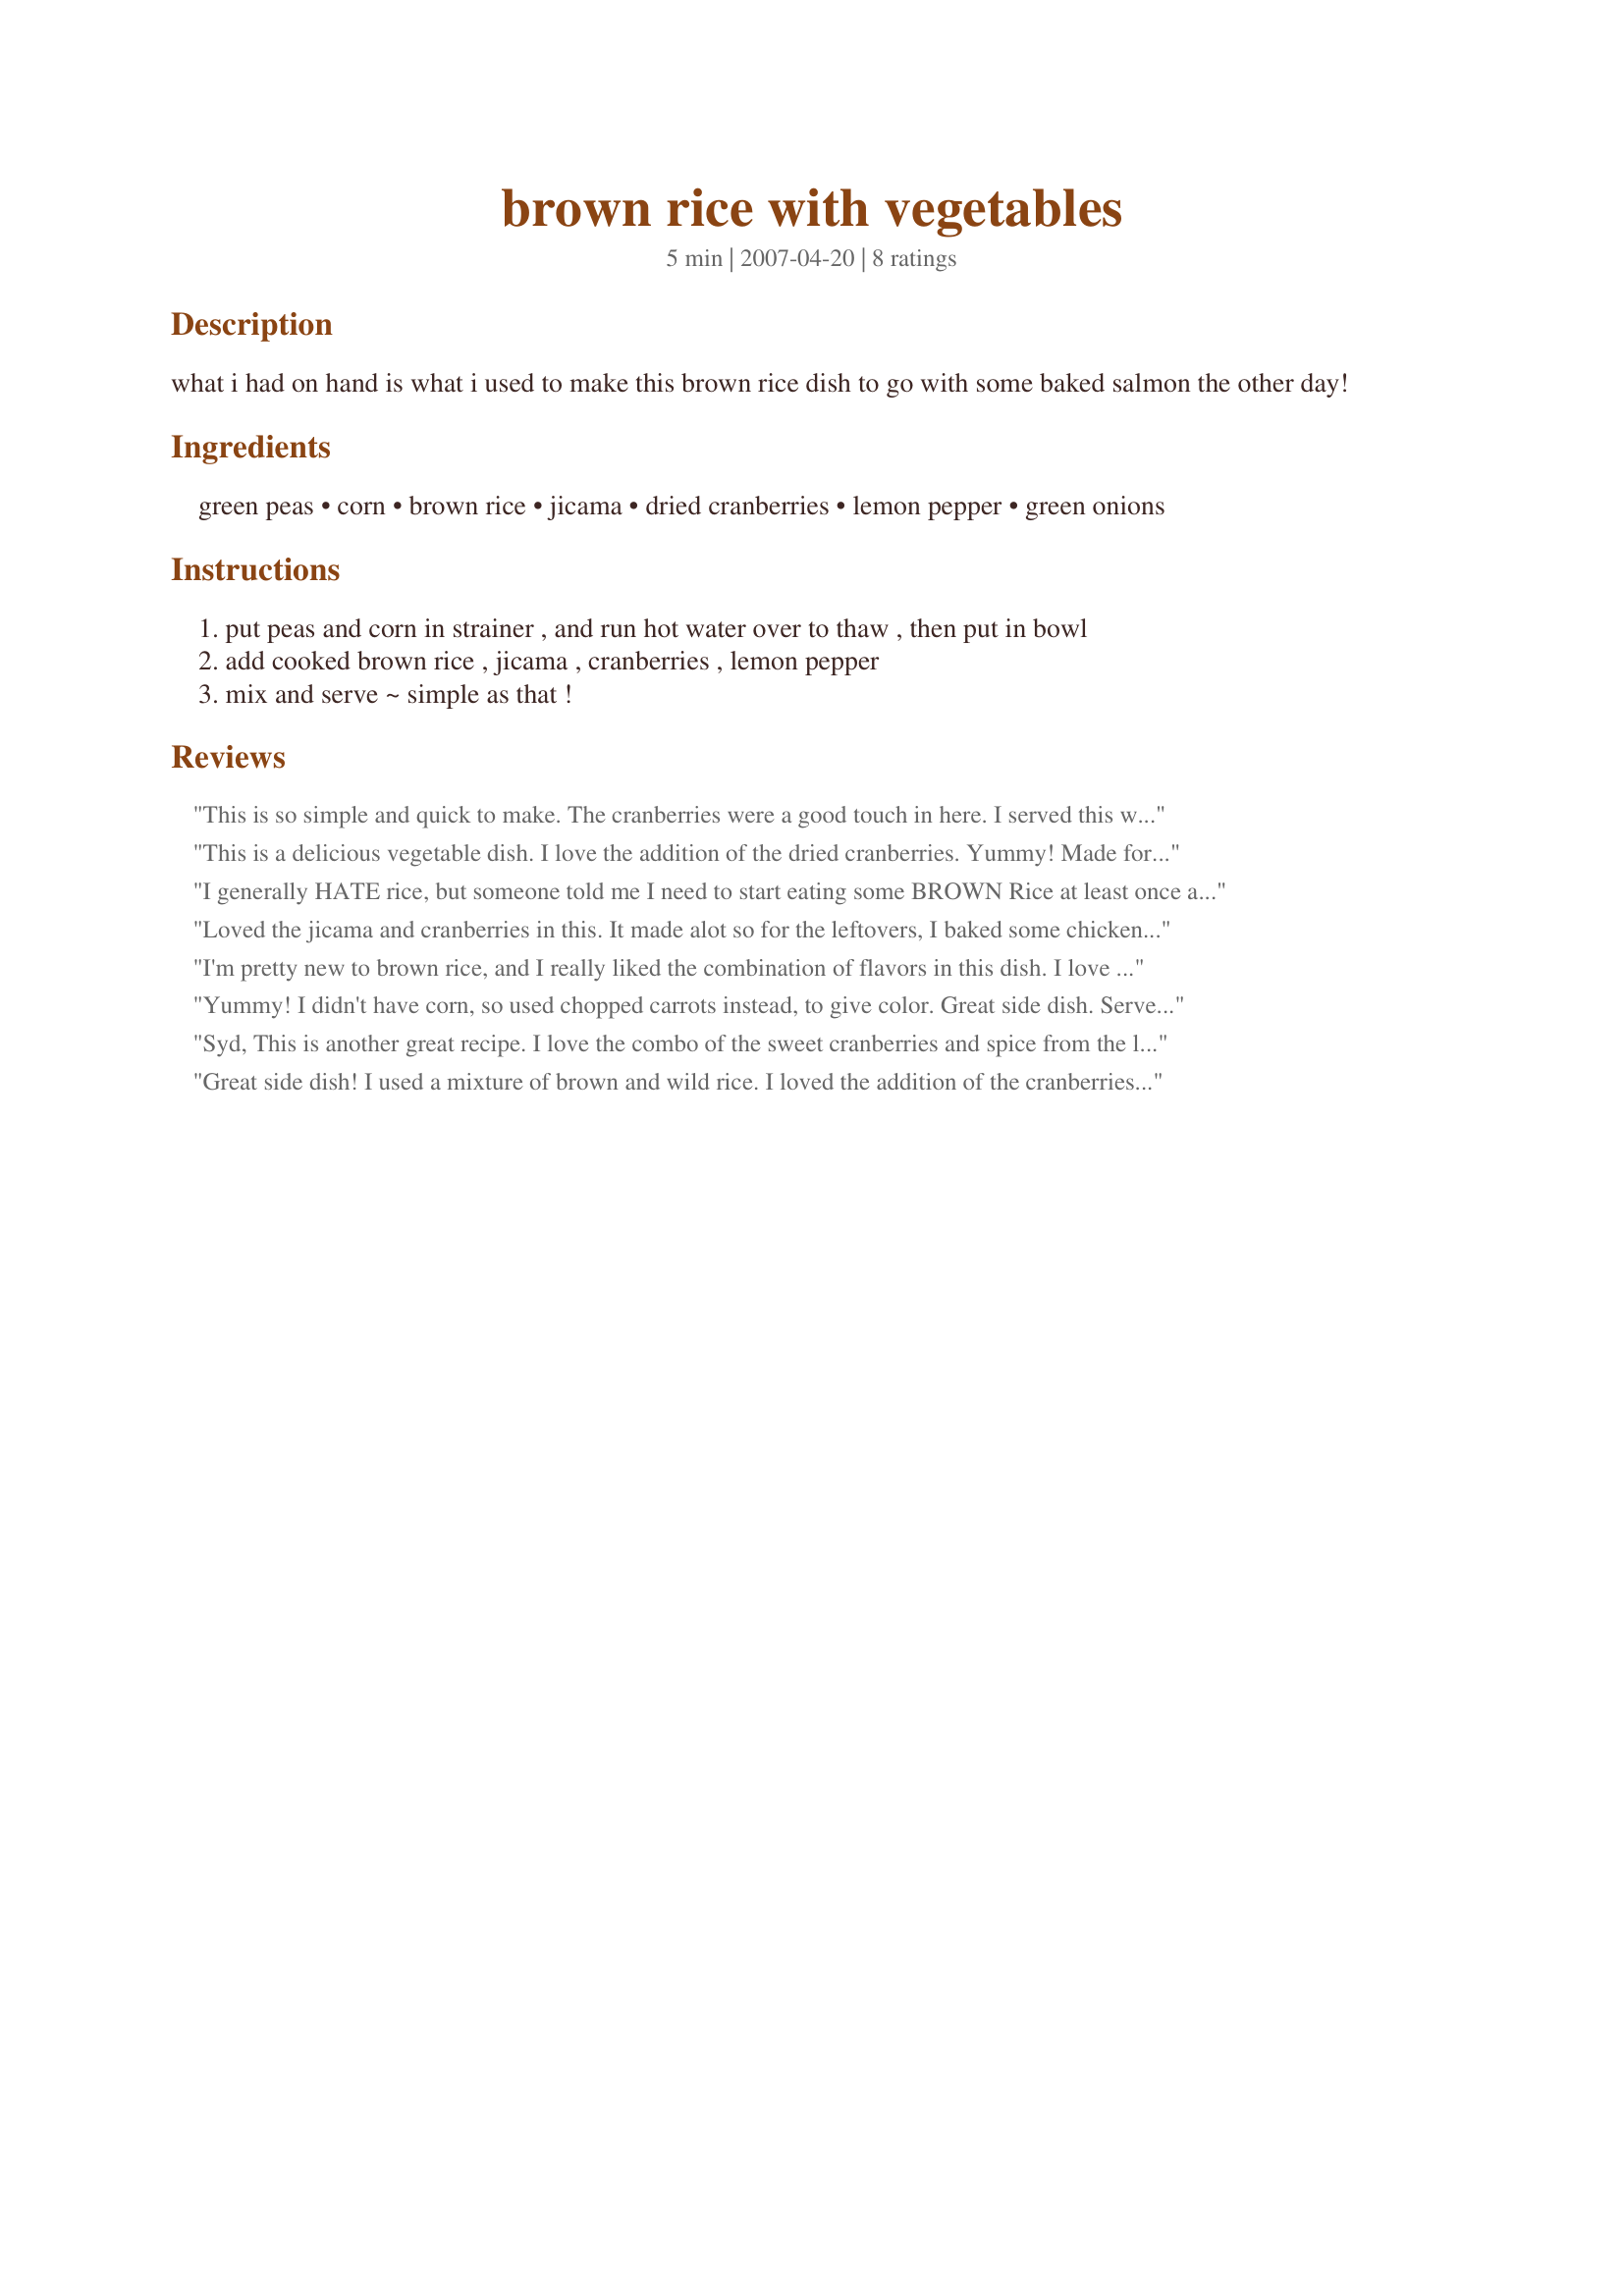
brown rice with vegetables
Preparation time: 5 minutes

what i had on hand is what i used to make this brown rice dish to go with some baked salmon the other day!

Ingredients:
green peas, corn, brown rice, jicama, dried cranberries, lemon pepper, green onions

Steps:
put peas and corn in strainer , and run hot water over to thaw , then put in bowl
add cooked brown rice , jicama , cranberries , lemon pepper
mix and serve ~ simple as that !

Reviews:
This is so simple and quick to make. The cranberries were a good touch in here. I served this with kebab for dinner. Didn't have to grill corn as this has corn in it already! Cool, huh? Mmmmm. Thanks, Sydney Mike! Made for ZWT4.
This is a delicious vegetable dish. I love the addition of the dried cranberries. Yummy! Made for ZWT4 for the Tastebud Tickling Travellers.
I generally HATE rice, but someone told me I need to start eating some BROWN Rice at least once a month. Grrrr. But how that I found this recipe - it will make this less of a chore. I really liked this recipe- and this is coming from a girl who hate rice. I did not have Jicama, so I used broccoli instead. Thanks SydneyMike for adding a health recipe to my cookbook that it plesant. ***Made and reviewd for ZAARTAG***
Loved the jicama and cranberries in this. It made alot so for the leftovers, I baked some chicken breasts, cut them up, added to the mixture and we have lunches for next week. Thanks so much!
I'm pretty new to brown rice, and I really liked the combination of flavors in this dish. I love that this doubles as your vegetable with it being 1/2 veggies & 1/2 rice. I'd also never bought jicama before, and this was a great use of it. The tartness of it combined with my sweetened cranberries were great together. And if you care about presentation, this is a winner!
Yummy! I didn't have corn, so used chopped carrots instead, to give color. Great side dish. Served with fried fish. Thanks Mike! Made for ZWT4.
Syd, This is another great recipe. I love the combo of the sweet cranberries and spice from the lemon pepper. I served this as a side to spicy grilled chicken and it was perfect. I served it hot, but think it would be just as good served cold.
Great side dish! I used a mixture of brown and wild rice. I loved the addition of the cranberries. Thanks for posting.
